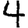
Digit: 4